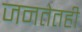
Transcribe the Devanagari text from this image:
जनतेतही